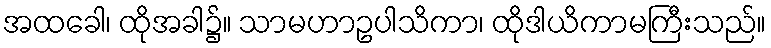
အထခေါ၊ ထိုအခါ၌။ သာမဟာဥပါသိကာ၊ ထိုဒါယိကာမကြီးသည်။